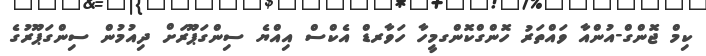
ކިމް ޖޮންގް-އުންއާ ވައްތަރު ހޮންގްކޮންގމީހާ ހަވާރޑް އެކްސް އިއްޔެ ސިންގަޕޫރަށް ދިއުމުން ސިންގަޕޫރުގެ